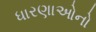
ધારણાઓનો